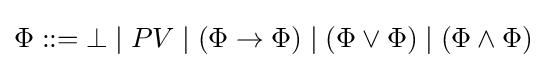
\Phi ::=\bot \mid PV\mid (\Phi \to \Phi )\mid (\Phi \lor \Phi )\mid (\Phi \land \Phi )